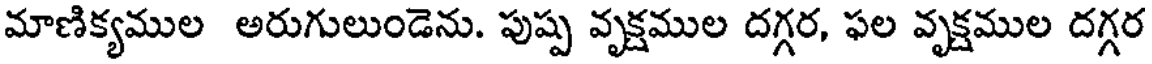
మాణిక్యముల అరుగులుండెను. పుష్ప వృక్షముల దగ్గర, ఫల వృక్షముల దగ్గర